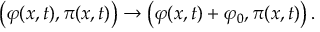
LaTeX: \left( \varphi ( x , t ) , \pi ( x , t ) \right) \to \left( \varphi ( x , t ) + \varphi _ { 0 } , \pi ( x , t ) \right) .